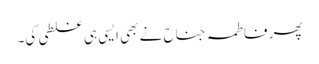
پھر فاطمہ جناح نے بھی ایسی ہی غلطی کی۔